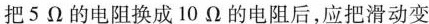
把5Ω的电阻换成10Ω的电阻后，应把滑动变